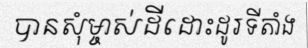
បានសុំម្ចាស់ដីដោះដូរទីតាំង